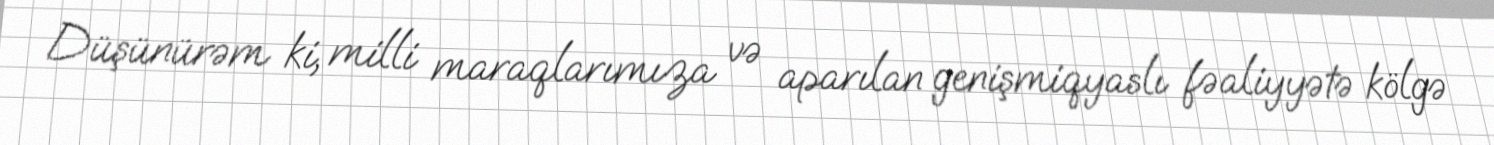
Düşünürəm ki, milli maraqlarımıza və aparılan genişmiqyaslı fəaliyyətə kölgə